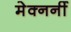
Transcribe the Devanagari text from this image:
मेक्नर्नी